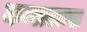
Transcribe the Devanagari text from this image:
कन्सटान्स